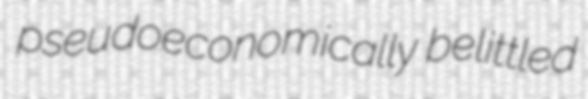
pseudoeconomically belittled